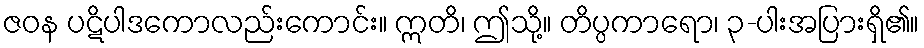
ဇဝန ပဋိပါဒကောလည်းကောင်း။ ဣတိ၊ ဤသို့။ တိပ္ပကာရော၊ ၃-ပါးအပြားရှိ၏။